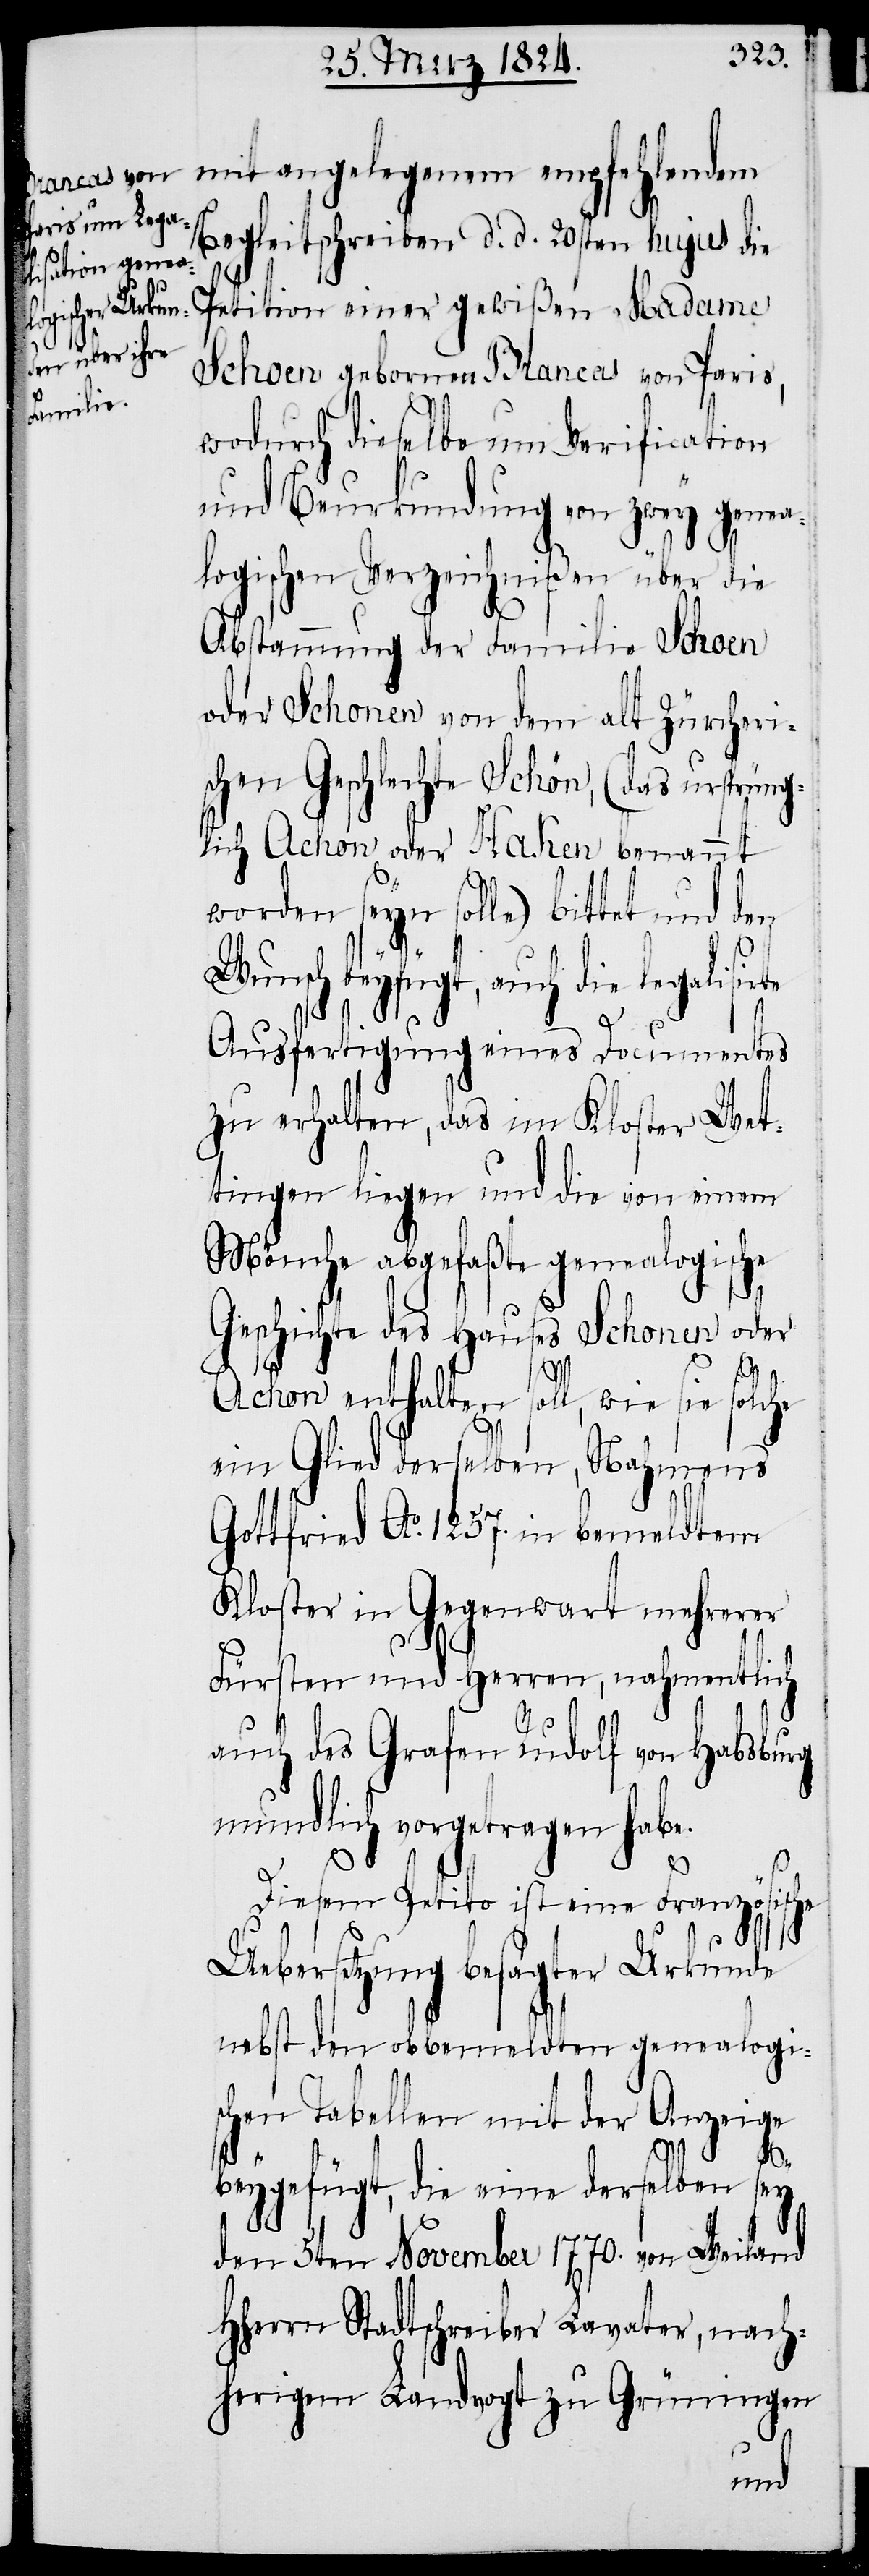
mit angelegenem empfehlendem
Begleitschreiben d. d. 20sten hujus die
Petition einer gewißen Madame
Schoen geborene Brancas von Paris,
wodurch dieselbe um Verification
und Beurkundung von zwey genea¬
logischen Verzeichnißen über die
Abstammung der Familie Schoen
oder Schonen von dem alt Zürcheri¬
schen Geschlechte Schön, (das ursprüng¬
lich Achon oder Haken benannt
worden seyn solle) bittet und den
Wunsch beyfügt, auch die legalisirte
Ausfertigung eines Documentes
zu erhalten, das im Kloster Wet¬
tingen liegen und die von einem
Mönche abgefaßte genealogische
Geschichte des Hauses Schonen oder
Achon enthalten soll, wie sie solche
ein Glied derselben, Nahmens
Gottfried Ao. 1257. in bemeldtem
Kloster in Gegenwart mehrerer
Fürsten und Herren, nahmentlich
auch des Grafen Rudolf von Habsburg
mundlich vorgetragen habe.
Diesem Petito ist eine Französi¬
sche
Uebersetzung besagter Urkunde
nebst den obbemeldten genealogi¬
schen Tabellen mit der Anzeige
beygefügt, die eine derselben sey
den 5ten November 1770. von Weiland
HHerrn Stadtschreiber Lavater, nach¬
herigem Landvogt zu Grüningen